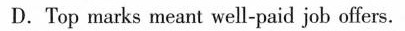
D.Top marks meant well-paid job offers.